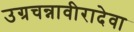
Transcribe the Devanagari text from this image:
उग्रचन्नावीरादेवा